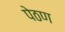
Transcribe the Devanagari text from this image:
पेठण